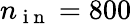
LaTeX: n_{\mathrm{~i~n~}}=800